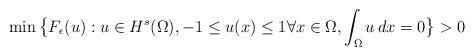
LaTeX: \begin{align*}\min \big\{F_\epsilon(u): u\in H^s(\Omega),-1\le u(x)\le 1\forall x \in \Omega, \int_{\Omega}{u\,dx}=0\big\}>0\end{align*}